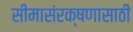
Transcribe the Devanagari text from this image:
सीमासंरक्षणासाठी